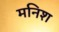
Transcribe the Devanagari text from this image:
मनिश